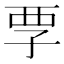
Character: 𡥟